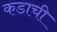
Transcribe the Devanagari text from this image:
कडाची